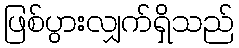
ဖြစ်ပွားလျှက်ရှိသည်